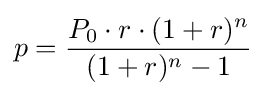
p={\frac {P_{0}\cdot r\cdot (1+r)^{n}}{(1+r)^{n}-1}}